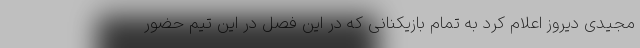
مجیدی دیروز اعلام کرد به تمام بازیکنانی که در این فصل در این تیم حضور